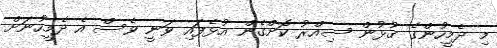
މި ދެމީހުންގެ ގުޅުން ސިއްރު ކޮށްގެން އުޅެފައި ވަނީ ވެސް އެ ދެމީހުނަށް